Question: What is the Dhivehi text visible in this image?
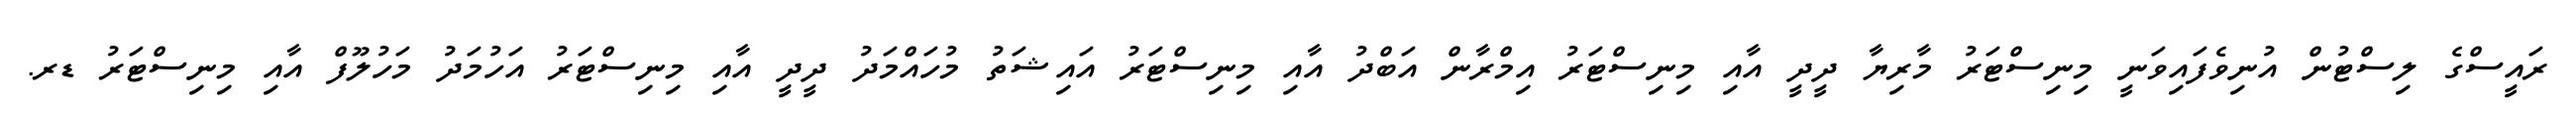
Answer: ރައީސްގެ ލިސްޓުން އުނިވެފައިވަނީ މިނިސްޓަރު މާރިޔާ ދީދީ އާއި މިނިސްޓަރު އިމްރާން އަބްދު އާއި މިނިސްޓަރު އައިޝަތު މުހައްމަދު ދީދީ އާއި މިނިސްޓަރު އަހުމަދު މަހުލޫފް އާއި މިނިސްޓަރު ޑރ.